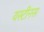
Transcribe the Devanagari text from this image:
यस्टीनस